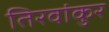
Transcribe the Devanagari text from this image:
तिरवांकुर